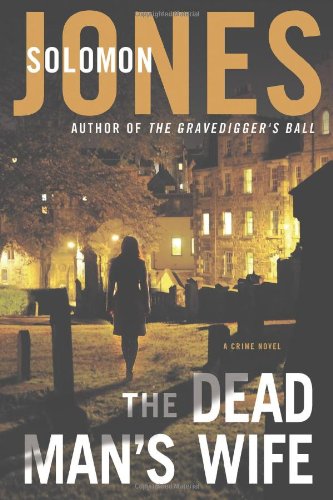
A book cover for The Dead Man's Wife (Mike Coletti); Solomon Jones; Mystery, Thriller & Suspense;